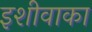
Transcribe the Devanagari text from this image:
इशीवाका